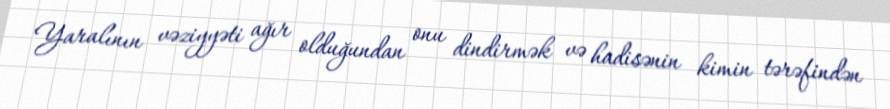
Yaralının vəziyyəti ağır olduğundan onu dindirmək və hadisənin kimin tərəfindən